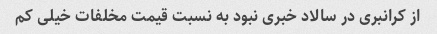
از کرانبری در سالاد خبری نبود به نسبت قیمت مخلفات خیلی کم